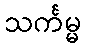
သင်္ကမ္မ